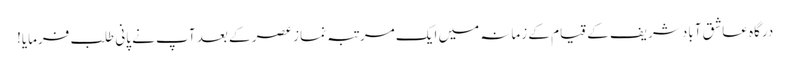
درگاہ عاشق آباد شریف کے قیام کے زمانہ میں ایک مرتبہ نماز عصر کے بعد آپ نے پانی طلب فرمایا!